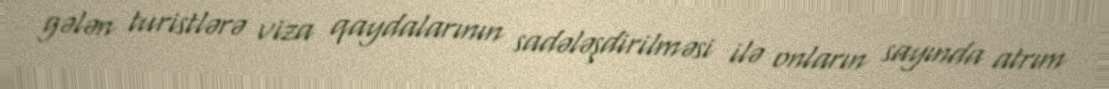
gələn turistlərə viza qaydalarının sadələşdirilməsi ilə onların sayında atrım